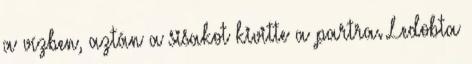
a vízben, aztán a sisakot kivitte a partra. Ledobta